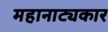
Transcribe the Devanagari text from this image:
महानाट्यकार